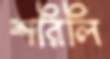
শরিলি